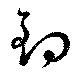
釣